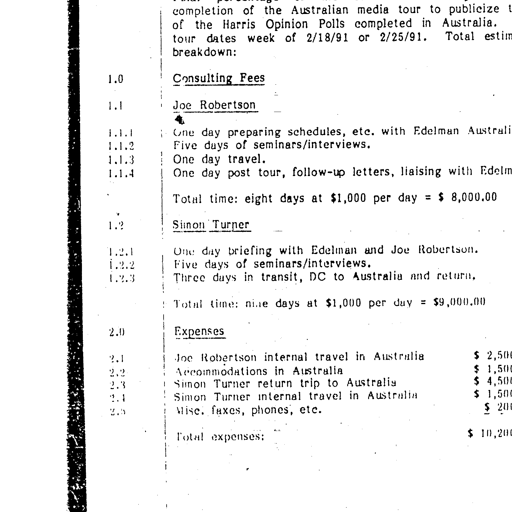
completion of the Australian media tour to publicize
of the Harris Opinion Polls completed in Australia.
tour dates week of 2/18/91 or 2/25/91. Total estim
breakdown:

1.0 Consulting Fees

1.1 Joe Robertson

1.1.1 One day preparing schedules, etc. with Edelman Australi
1.1.2 Five days of seminars/interviews
1.1.3 One day travel
1.1.4 One day post tour, follow-up letters, liaising with Edelm

Total time: eight days at $1,000 per day = $ 8,000.00

1.2 Simon Turner

1.2.1 One day briefing with Edelman and Joe Robertson.
1.2.2 Five days of seminars/interviews.
1.2.3 Three days in transit, DC to Australia and return.

Total time: nine days at $1,000 per day = $9,000.00

2.0 Expenses

2.1 Joe Robertson internal travel in Australia $ 2,50
2.2 Accommodations in Australia $ 1,50
2.3 Simon Turner return trip to Australia $ 4,50
2.4 Simon Turner internal travel in Australia $ 1,50
2.5 Misc. faxes, phones, etc. $ 20

Total expenses: $ 10,20